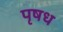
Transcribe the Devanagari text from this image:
पृषध